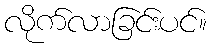
လိုက်လာခြင်းပင်။